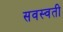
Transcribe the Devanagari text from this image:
सवस्वती